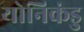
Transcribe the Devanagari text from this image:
योनिकंडु